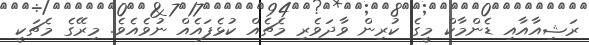
ރަޝިއާއާއި ޑެންމާކް މީގެ ކުރިން ވާދަވެރި މެޗެއް ކުޅެފައެއް ނުވެއެވެ. މިރޭގެ މެޗަކީ